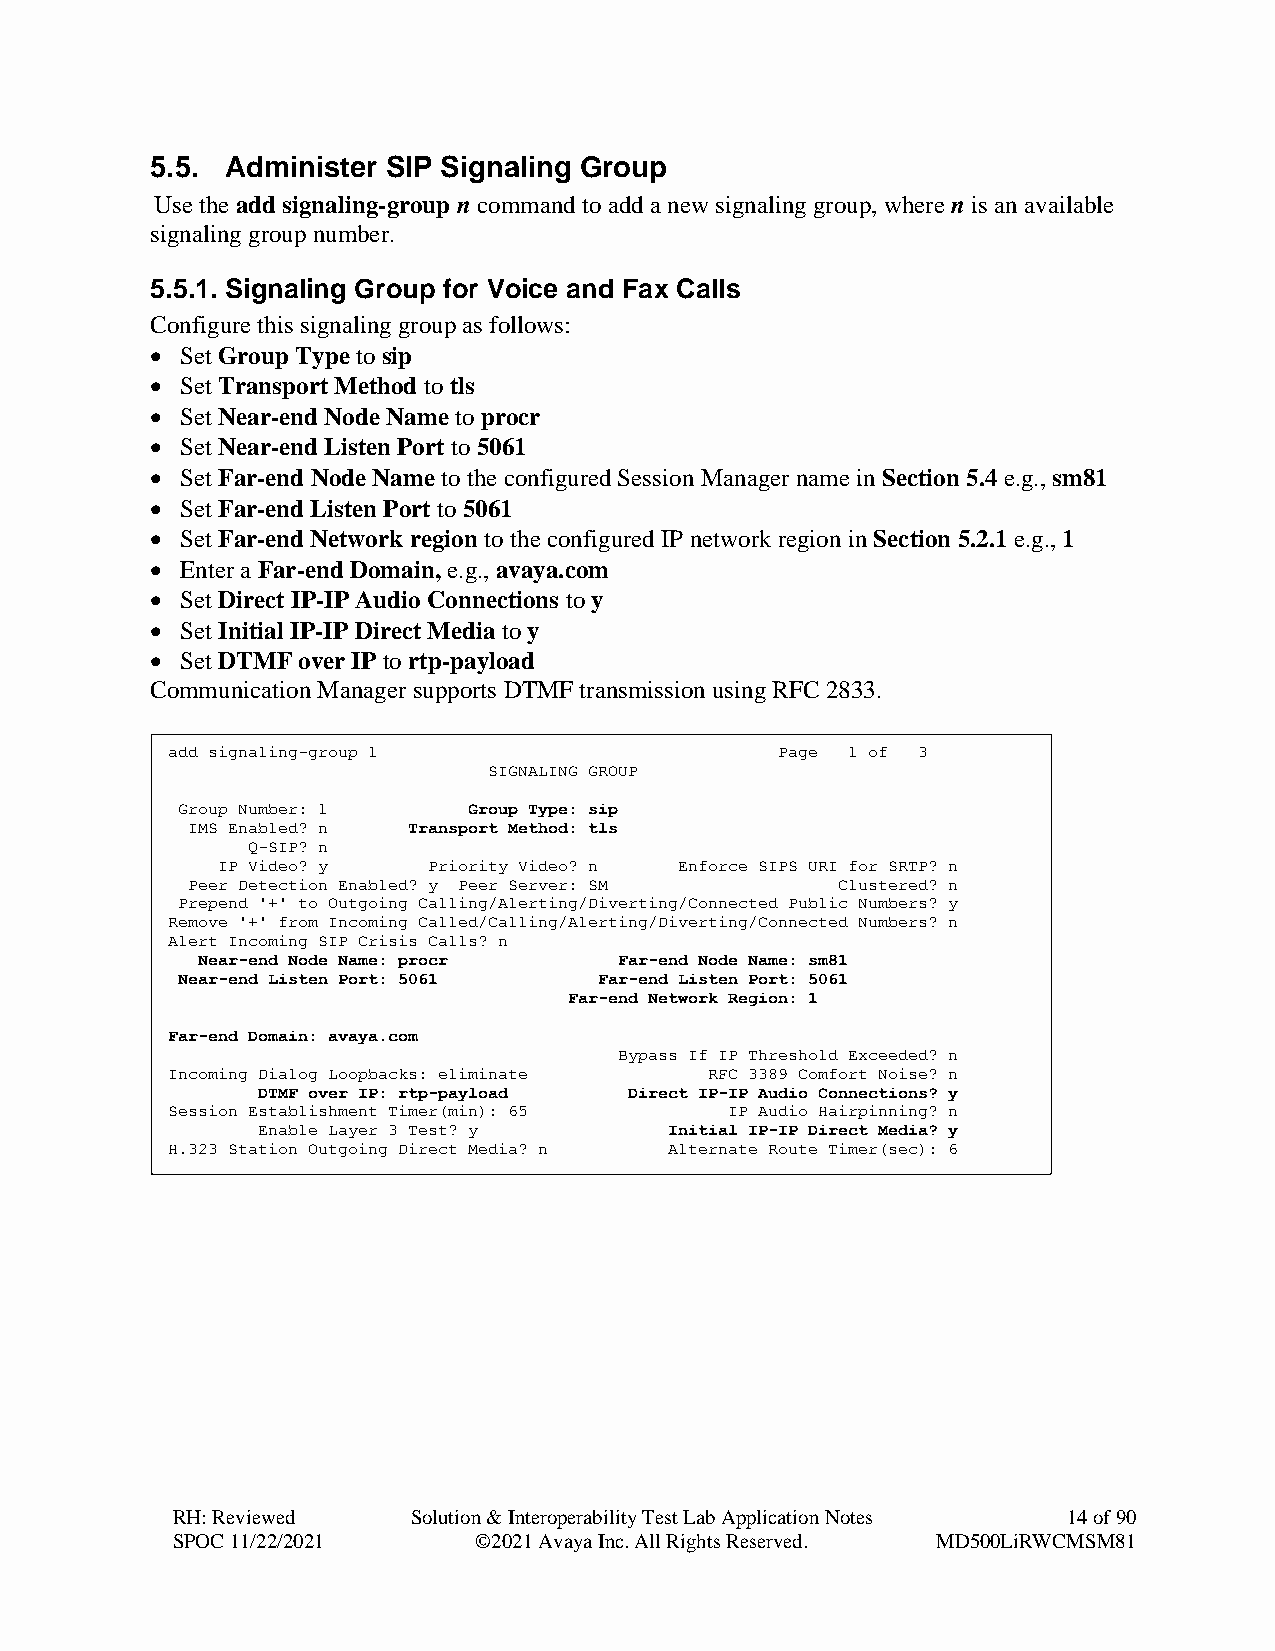
5.5. Administer SIP Signaling Group
 Use the add signaling-group n command to add a new signaling group, where n is an available
 signaling group number.
 5.5.1. Signaling Group for Voice and Fax Calls
 Configure this signaling group as follows:
 • Set Group Type to sip
 • Set Transport Method to tls
 • Set Near-end Node Name to procr
 • Set Near-end Listen Port to 5061
 • Set Far-end Node Name to the configured Session Manager name in Section 5.4 e.g., sm81
 • Set Far-end Listen Port to 5061
 • Set Far-end Network region to the configured IP network region in Section 5.2.1 e.g., 1
 • Enter a Far-end Domain, e.g., avaya.com
 • Set Direct IP-IP Audio Connections to y
 • Set Initial IP-IP Direct Media to y
 • Set DTMF over IP to rtp-payload
 Communication Manager supports DTMF transmission using RFC 2833.
 add signaling-group 1                    Page 1 of 3
 SIGNALING GROUP
 Group Number: 1    Group Type: sip
 IMS Enabled? n Transport Method: tls
 Q-SIP? n
 IP Video? y   Priority Video? n Enforce SIPS URI for SRTP? n
 Peer Detection Enabled? y Peer Server: SM  Clustered? n
 Prepend '+' to Outgoing Calling/Alerting/Diverting/Connected Public Numbers? y
 Remove '+' from Incoming Called/Calling/Alerting/Diverting/Connected Numbers? n
 Alert Incoming SIP Crisis Calls? n
 Near-end Node Name: procr   Far-end Node Name: sm81
 Near-end Listen Port: 5061  Far-end Listen Port: 5061
 Far-end Network Region: 1
 Far-end Domain: avaya.com
 Bypass If IP Threshold Exceeded? n
 Incoming Dialog Loopbacks: eliminate RFC 3389 Comfort Noise? n
 DTMF over IP: rtp-payload Direct IP-IP Audio Connections? y
 Session Establishment Timer(min): 65 IP Audio Hairpinning? n
 Enable Layer 3 Test? y     Initial IP-IP Direct Media? y
 H.323 Station Outgoing Direct Media? n Alternate Route Timer(sec): 6
 RH: Reviewed    Solution & Interoperability Test Lab Application Notes 14 of 90
 SPOC 11/22/2021     ©2021 Avaya Inc. All Rights Reserved. MD500LiRWCMSM81